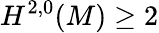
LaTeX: H^{2,0}(M)\geq 2